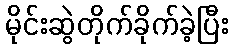
မိုင်းဆွဲတိုက်ခိုက်ခဲ့ပြီး